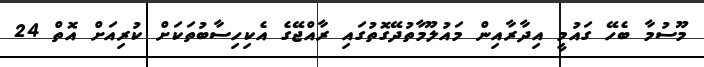
މޫސުމާ ބެހޭ ގައުމީ އިދާރާއިން މައުލޫމާތުދޭގޮތުގައި ރާއްޖޭގެ އެކިހިސާބުތަކަށް ކުރިއަށް އޮތް 24